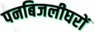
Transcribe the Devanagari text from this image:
पनबिजलीघरों